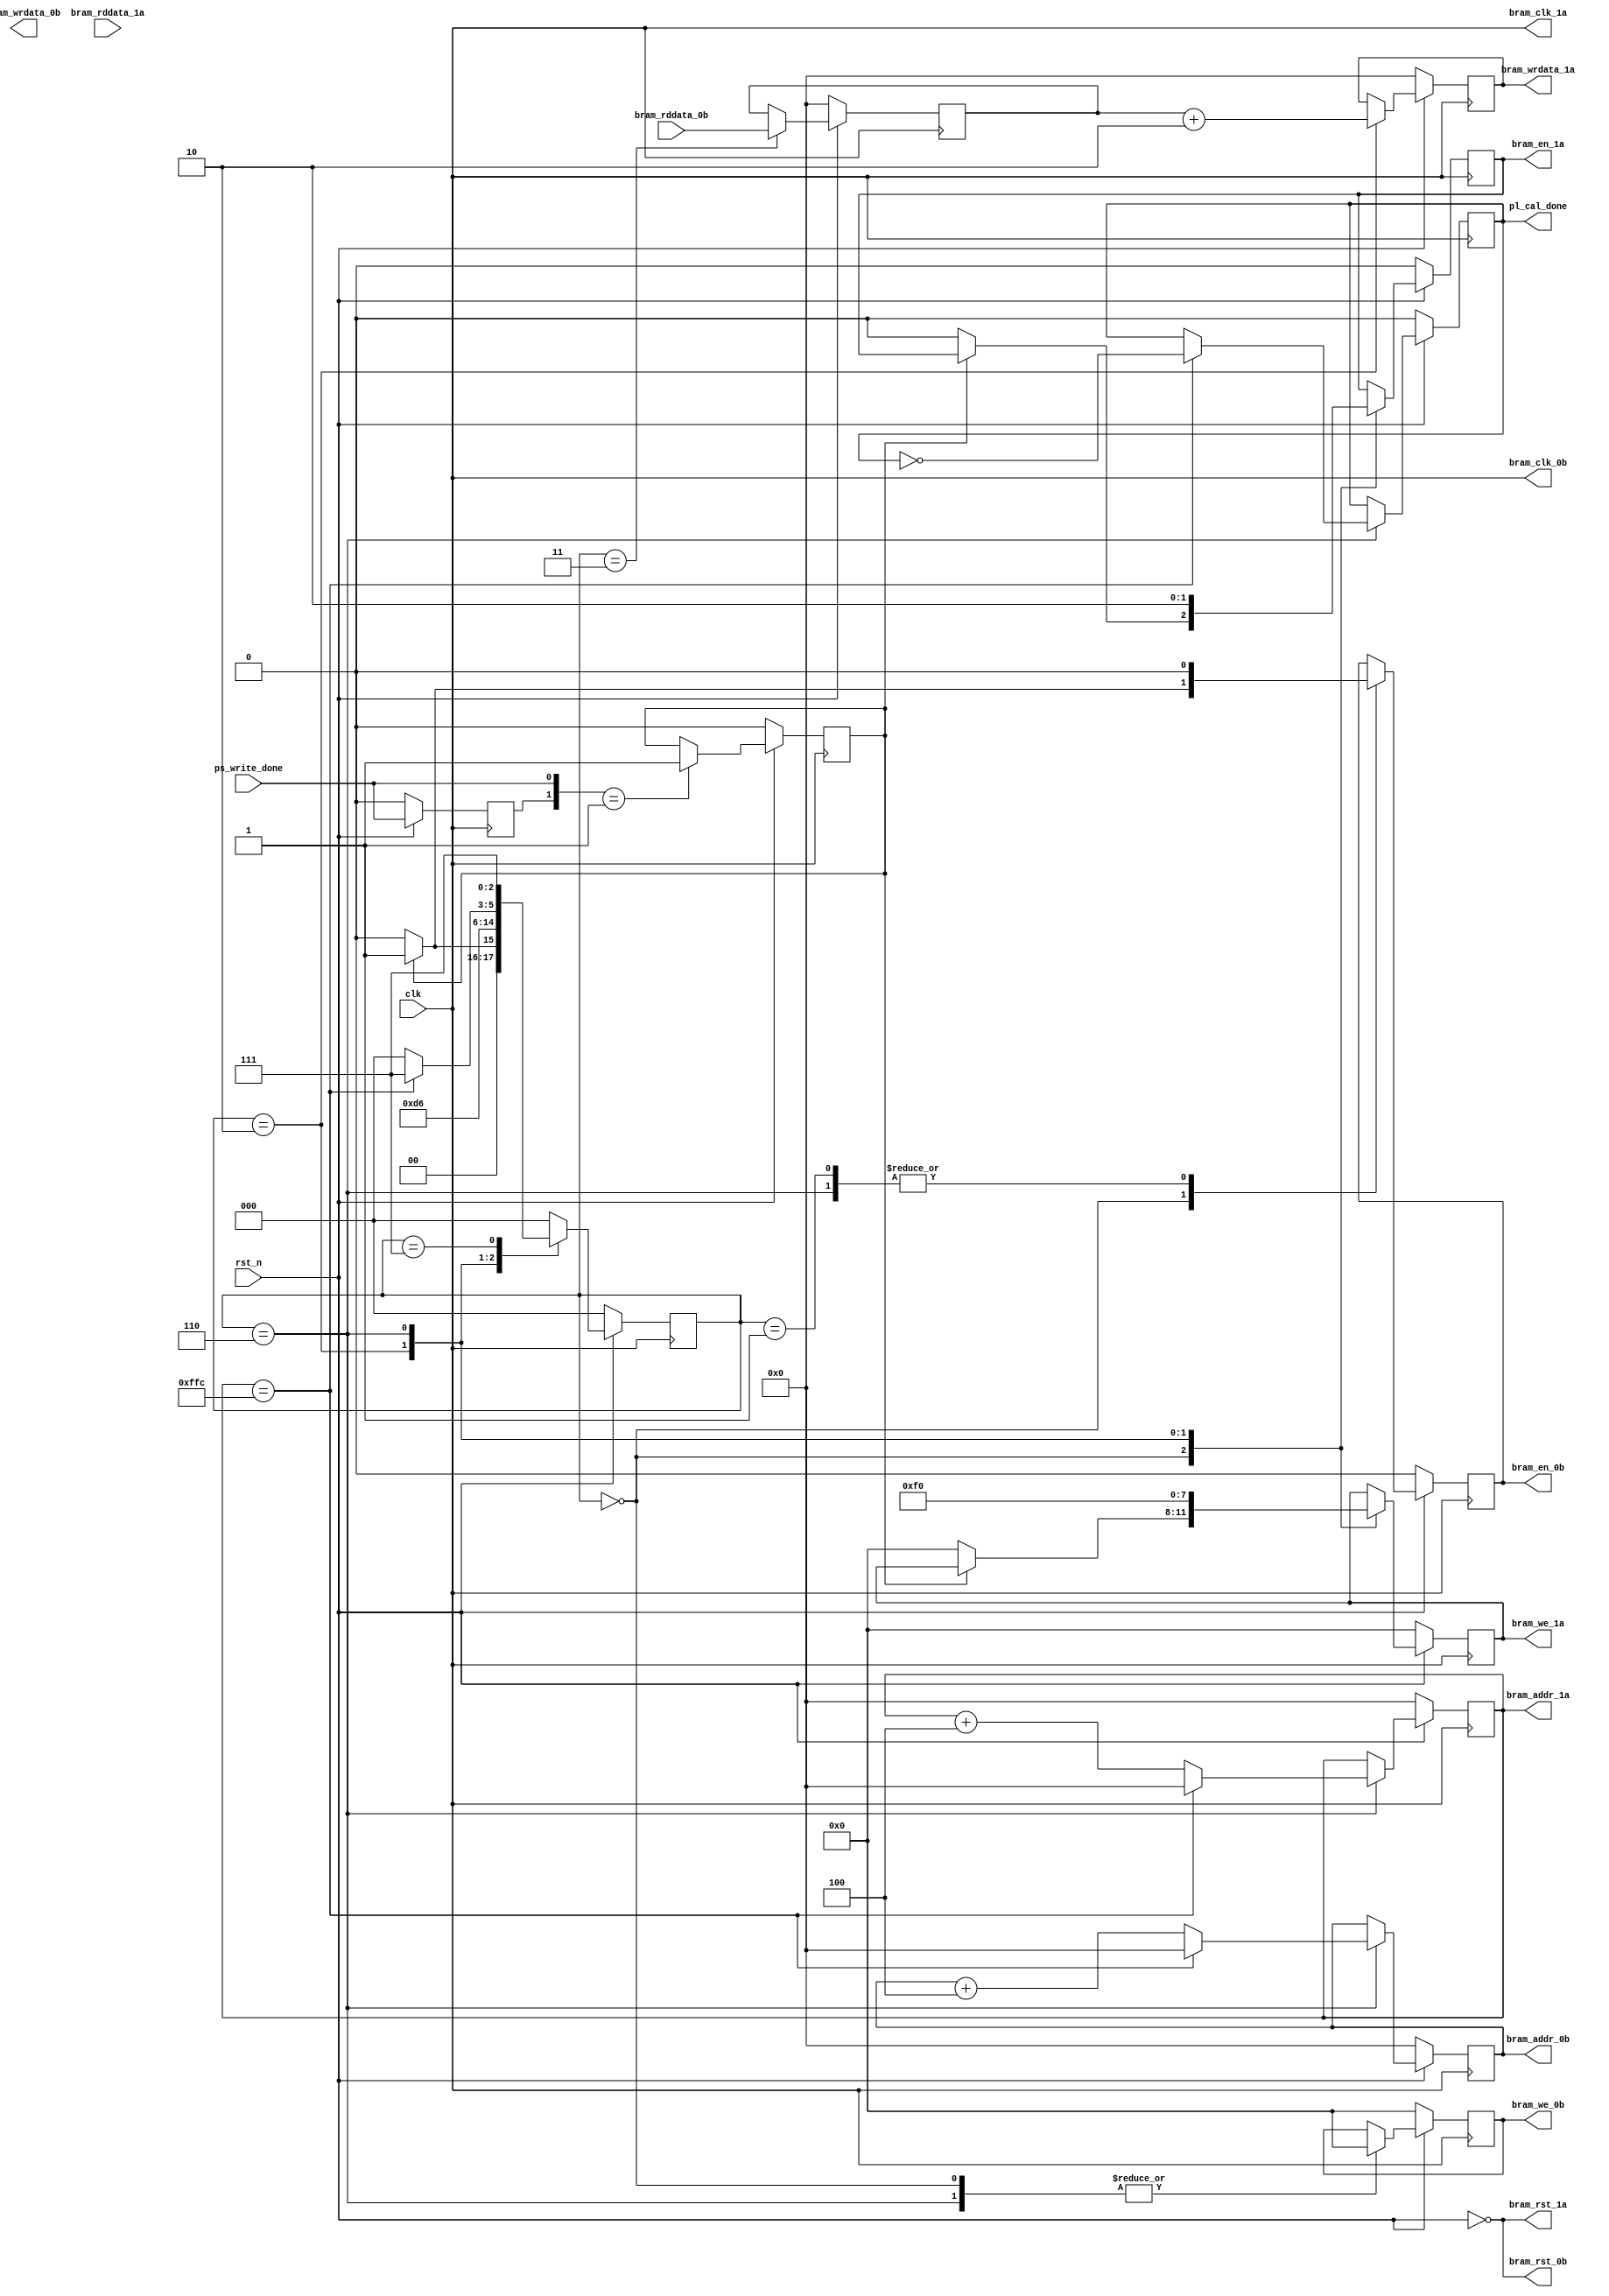
`timescale 1ns / 1ps
//////////////////////////////////////////////////////////////////////////////////
// Company: 
// 
// Design Name: 
// Module Name: PL_Calculate
// Project Name: 
// Target Devices: 
// Tool Versions: 
// Description: 
// 
// Dependencies: 
// 
// Revision:
// Revision 0.01 - File Created
// Additional Comments:
// 
//////////////////////////////////////////////////////////////////////////////////


module PL_Calculate(
    clk,
    rst_n,
    ps_write_done,
    pl_cal_done,
    bram_addr_0b,
    bram_clk_0b,
    bram_wrdata_0b,
    bram_rddata_0b,
    bram_en_0b,
    bram_rst_0b,
    bram_we_0b,
    bram_addr_1a,
    bram_clk_1a,
    bram_wrdata_1a,
    bram_rddata_1a,
    bram_en_1a,
    bram_rst_1a,
    bram_we_1a
    );

    //
    input clk;
    input rst_n;
    
    input ps_write_done;
    output pl_cal_done;
    
    output [31:0]bram_addr_0b;
    output bram_clk_0b;
    output [31:0]bram_wrdata_0b;
    input [31:0]bram_rddata_0b;
    output bram_en_0b;
    output bram_rst_0b;
    output [3:0]bram_we_0b;
    
    output [31:0]bram_addr_1a;
    output bram_clk_1a;
    output [31:0]bram_wrdata_1a;
    input [31:0]bram_rddata_1a;
    output bram_en_1a;
    output bram_rst_1a;
    output [3:0]bram_we_1a;
    /*--------------------------------------------------*/
	wire clk;
	wire rst_n;
	
	wire ps_write_done;
	wire pl_cal_done;
	
	wire [31:0]bram_addr_0b;
	wire bram_clk_0b;
	wire [31:0]bram_wrdata_0b;
	wire [31:0]bram_rddata_0b;
	wire bram_en_0b;
	wire bram_rst_0b;
	wire [3:0]bram_we_0b;
	
	wire [31:0]bram_addr_1a;
	wire bram_clk_1a;
	wire [31:0]bram_wrdata_1a;
	wire [31:0]bram_rddata_1a;
	wire bram_en_1a;
	wire bram_rst_1a;
	wire [3:0]bram_we_1a;
	/*------------------------------------------------*/
	reg ps_write_done_reg_0;
	reg ps_write_done_reg_1;
	reg pl_cal_done_reg;
	//BRAM_0b
	reg [31:0]bram_addr_0b_reg;
	reg [31:0]bram_rddata_0b_reg;
	reg bram_en_0b_reg;
	reg [3:0]bram_we_0b_reg;
	//BRAM_1a
	reg [31:0]bram_addr_1a_reg;
	reg [31:0]bram_wrdata_1a_reg;
	reg bram_en_1a_reg;
	reg [3:0]bram_we_1a_reg;
	
	reg [2:0]state;
	/*------------------------------------------------*/
	localparam  IDLE=3'b000,
				State1=3'b001,
				State2=3'b011,
				State3=3'b010,
				State4=3'b110,
				State5=3'b111;
	localparam  BRAM_ADDRESS_HIGH = 32'd4096 - 32'd4;
	/*------------------------------------------------*/
	assign pl_cal_done=pl_cal_done_reg;
	
	assign bram_clk_0b=clk;
	assign bram_rst_0b=~rst_n;
	assign bram_addr_0b=bram_addr_0b_reg;
	assign bram_en_0b=bram_en_0b_reg;
	assign bram_we_0b=bram_we_0b_reg;
	
	assign bram_clk_1a=clk;
	assign bram_rst_1a=~rst_n;
	assign bram_addr_1a=bram_addr_1a_reg;
	assign bram_wrdata_1a=bram_wrdata_1a_reg;
	assign bram_en_1a=bram_en_1a_reg;
	assign bram_we_1a=bram_we_1a_reg;
	/*------------------------------------------------*/
	always @ (posedge clk)
	begin
		if(!rst_n)
			ps_write_done_reg_0<=1'b0;
		else
			ps_write_done_reg_0<=ps_write_done;
	end
	
	always @ (posedge clk)
	begin
		if(!rst_n)
			ps_write_done_reg_1<=1'b0;
		else if ({ps_write_done_reg_0,ps_write_done}==2'b01)
			ps_write_done_reg_1<=1'b1;
		else
			ps_write_done_reg_1<=ps_write_done_reg_1;
	end
	
	
	always @ (posedge clk)
	begin
		if(!rst_n)
		begin
			state<=IDLE;
				
			bram_addr_0b_reg<=32'd0;
			bram_en_0b_reg<=1'b0;
			bram_we_0b_reg<=4'd0;
			bram_rddata_0b_reg<=32'd0;
				
			bram_addr_1a_reg<=32'd0;
			bram_wrdata_1a_reg<=32'd0;
			bram_en_1a_reg<=1'b0;
			bram_we_1a_reg<=4'd0;
			
			pl_cal_done_reg<=1'b0;
			
		end	
		else begin
			case(state)
			IDLE: begin
					if(ps_write_done_reg_1)
					begin
						bram_en_0b_reg<=1'b1;
						bram_we_0b_reg<=4'd0;
						state<=State1;
					end
					else begin
						state<=IDLE;
						bram_en_0b_reg<=1'b0;
						bram_we_0b_reg<=4'd0;
						bram_addr_0b_reg<=bram_addr_0b_reg;
						
						bram_en_1a_reg<=1'b0;
						bram_we_1a_reg<=4'd0;
						bram_addr_1a_reg<=bram_addr_1a_reg;
					end
				end
			State1: begin
					bram_en_0b_reg<=1'b0;
                    state<=State2;
                end
            State2:begin
					bram_rddata_0b_reg<=bram_rddata_0b;
					state<=State3;
				end
			State3: begin
					bram_en_1a_reg<=1'b1;
					bram_we_1a_reg<=4'hf;
					bram_wrdata_1a_reg<=bram_rddata_0b_reg+31'd2;
					state<=State4;
				end
			State4: begin
					bram_en_1a_reg<=1'b0;
					bram_en_0b_reg<=1'b0;
					bram_we_1a_reg<=4'd0;
					bram_we_0b_reg<=4'd0;
					if(bram_addr_1a_reg==BRAM_ADDRESS_HIGH)
					begin
						bram_addr_0b_reg<=32'd0;
						bram_addr_1a_reg<=32'd0;
						pl_cal_done_reg<=~pl_cal_done_reg;
						state<=State5;
					end
					else begin
						state<=IDLE;
						bram_addr_0b_reg<=bram_addr_0b_reg+32'd4;
						bram_addr_1a_reg<=bram_addr_1a_reg+32'd4;
					end
				end
			State5: begin
					state<=State5;
				end
			default: state<=IDLE;
			endcase
		end
	end
endmodule